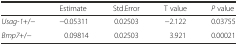
|  | Estimate | Std.Error | T value | P value |
 | --- | --- | --- | --- | --- |
 | Usag-1+/− | −0.05311 | 0.02503 | −2.122 | 0.03755 |
 | Bmp7+/− | 0.09814 | 0.02503 | 3.921 | 0.00021 |